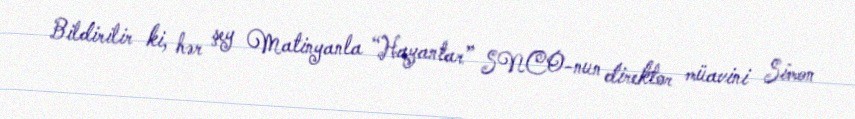
Bildirilir ki, hər şey Matinyanla “Hayantar” SNCO-nun direktor müavini Simon